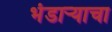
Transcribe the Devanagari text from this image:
भंडार्‍याचा